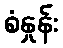
စံနှုန်း